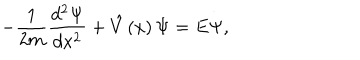
LaTeX: - \frac 1 { 2 m } \frac { d ^ { 2 } \Psi } { d x ^ { 2 } } + \hat { V } \left( x \right) \Psi = E \Psi ,